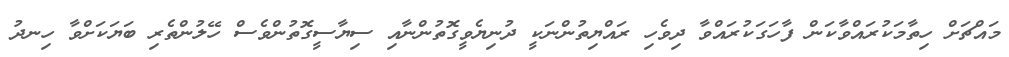
މައްޗަށް ހިތާމަކުރައްވާކަން ފާހަގަކުރައްވާ ދިވެހި ރައްޔިތުންނަކީ ދުނިޔެވީގޮތުންނާއި ސިޔާސީގޮތުންވެސް ހޭލުންތެރި ބަޔަކަށްވާ ހިނދު